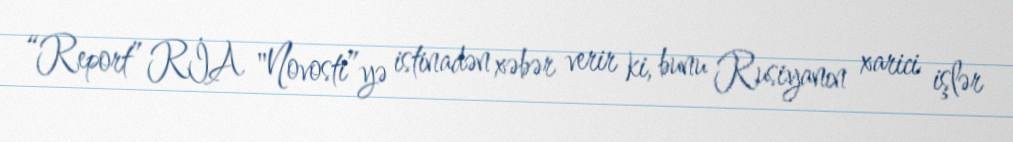
“Report” RİA "Novosti”yə istinadən xəbər verir ki, bunu Rusiyanın xarici işlər